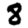
Digit: 8